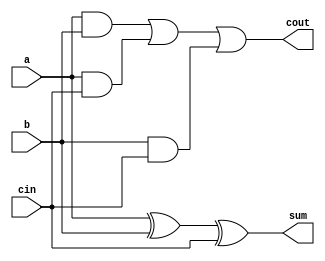

/* 1 Bit Full Adder*/
module full_adder(a,b,cin,sum,cout);
input a,b,cin;
output sum, cout;

assign sum = a ^ b ^ cin;
assign cout = (a & b) | (a & cin) | (b & cin);
endmodule

/* 8 Bits Full Adder/Subtractor */
module full_adder_subtractor(a, b, carry_in, result, carry_out, flag_c);
input [7:0] a,b;
input carry_in;
output [7:0] result;
output carry_out, flag_c;

wire [7:0] carry;

full_adder fa0(a[0], b[0] ^ carry_in, carry_in, result[0], carry[0]);
full_adder fa1(a[1], b[1] ^ carry_in, carry[0], result[1], carry[1]);
full_adder fa2(a[2], b[2] ^ carry_in, carry[1], result[2], carry[2]);
full_adder fa3(a[3], b[3] ^ carry_in, carry[2], result[3], carry[3]);
full_adder fa4(a[4], b[4] ^ carry_in, carry[3], result[4], carry[4]);
full_adder fa5(a[5], b[5] ^ carry_in, carry[4], result[5], carry[5]);
full_adder fa6(a[6], b[6] ^ carry_in, carry[5], result[6], carry[6]);
full_adder fa7(a[7], b[7] ^ carry_in, carry[6], result[7], carry_out);

// generate the c_flag output by comparing A and B
assign flag_c = (a >= b) ? 1'b1 : 1'b0;
endmodule


/* 8 Bits Arithmetic Logic Unit */
module AlU(a, b, opcode, carry_in, result, carry_out, zero_flag, c_flag);
    input [7:0] a;
    input [7:0] b;
    input [2:0] opcode;
    input carry_in;
    output reg [7:0] result;
    output wire carry_out;
    output reg zero_flag;
    output wire c_flag;

    wire [7:0] sum;// Based on carry_in (if 1 --->difference) and (if 0---> addition)
    wire [7:0] and_res;
    wire [7:0] or_res;
    wire [7:0] xor_res;
    wire [7:0] shift_left_a;
    wire [7:0] shift_left_b;


    full_adder_subtractor add_sub(a, b, carry_in, sum, carry_out, c_flag);    
    // generate AND, OR, XOR, and shift-left outputs using intermediate wires
    assign and_res = a & b;
    assign or_res = a | b;
    assign xor_res = a ^ b;
    assign shift_left_a = a << 1;
    assign shift_left_b = b << 1;

    always @(*) begin
        case(opcode)
            3'b000: result = sum;
            3'b001: result = sum;
            3'b010: result = and_res;
            3'b011: result = or_res;
            3'b100: result = xor_res;
            3'b101: result = {8{1'b0}}; // default value
            3'b110: result = shift_left_a;
            3'b111: result = shift_left_b;
        endcase  

			zero_flag = (result == 8'h00) ? 1'b1 : 1'b0;
	end
endmodule